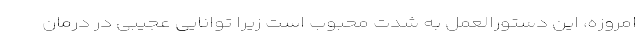
امروزه، این دستورالعمل به شدت محبوب است زیرا توانایی عجیبی در درمان